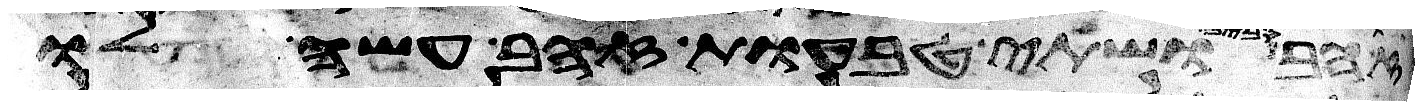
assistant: ושתי טבעות זהב עשה לו